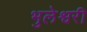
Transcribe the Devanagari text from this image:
भुलेश्वरी